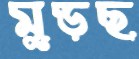
মুড়ছ